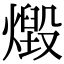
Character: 燬